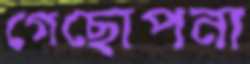
গেছোপনা